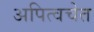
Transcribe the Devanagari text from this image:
अपित्वचेत